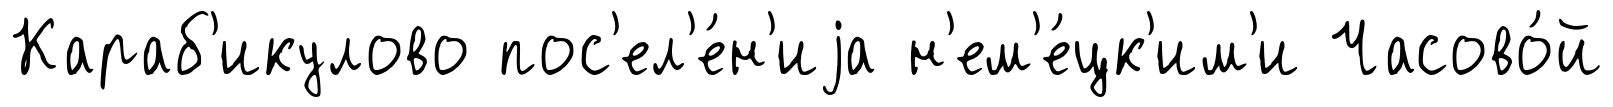
Караб'икулово пос'ел'е́н'иjа н'ем'е́цк'им'и Часово́й